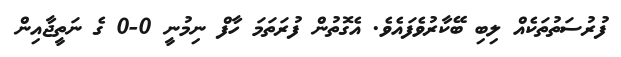
ފުރުސަތުތަކެއް ލިބި ބޭކާރުވެފައެވެ. އެގޮތުން ފުރަތަމަ ހާފް ނިމުނީ 0-0 ގެ ނަތީޖާއިން